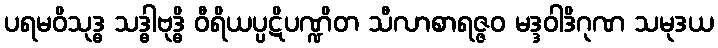
ပရမဝိသုဒ္ဓ သဒ္ဓါဗုဒ္ဓိ ဝီရိယပ္ပဋိပဏ္ဍိတ သီလာစာရဇ္ဇဝ မဒ္ဒဝါဒိဂုဏ သမုဒယ